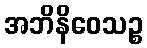
အဘိနိဝေသဉ္စ